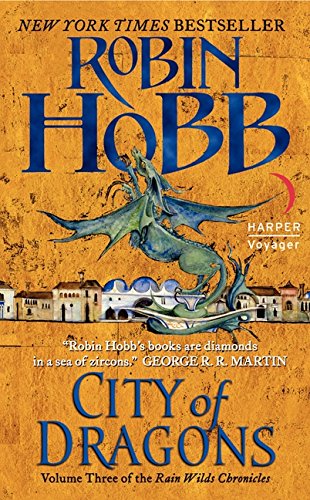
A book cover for City of Dragons: Volume Three of the Rain Wilds Chronicles; Robin Hobb; Science Fiction & Fantasy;